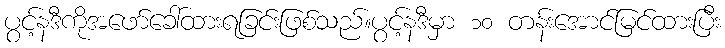
ပွင့်နဒီကိုအဖော်ခေါ်ထားရခြင်းဖြစ်သည်။ပွင့်နဒီမှာ ၁၀ တန်းအောင်မြင်ထားပြီး